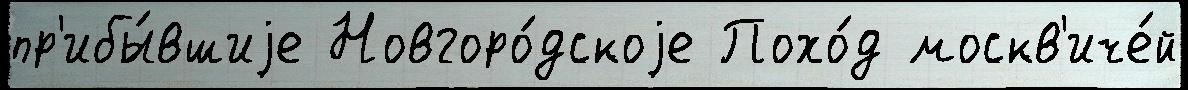
пр'ибы́вшиjе Новгоро́дскоjе Похо́д москв'иче́й